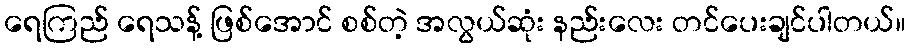
ရေကြည် ရေသန့် ဖြစ်အောင် စစ်တဲ့ အလွယ်ဆုံး နည်းလေး တင်ပေးချင်ပါတယ်။